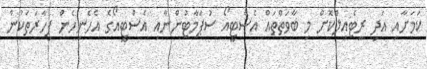
ކަމަށާއި އަދި ރީޓެއިލްކޮށް މި ބާވަތްތައް އެސްޓީއޯ ސުޕަމާޓުންނާއި އެސްޓީއޯގެ އެހެނިހެން ފިހާރަތަކުން